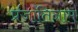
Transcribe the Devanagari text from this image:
प्रजातिनाम